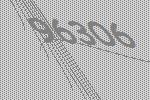
96306